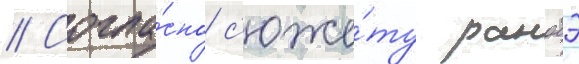
// Согла́сно с'юже́ту ранобэ